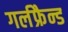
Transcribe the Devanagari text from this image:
गर्लफ्रैन्ड